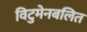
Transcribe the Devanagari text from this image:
विटुमेनबलित